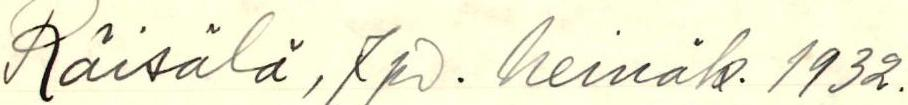
Räisälä, 7 pv. heinäk. 1932.